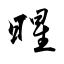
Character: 暒